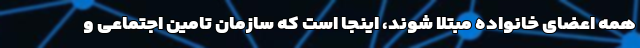
همه اعضای خانواده مبتلا شوند، اینجا است که سازمان تامین اجتماعی و